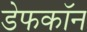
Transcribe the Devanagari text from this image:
डेफकॉन